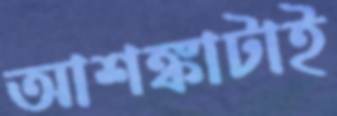
আশঙ্কাটাই